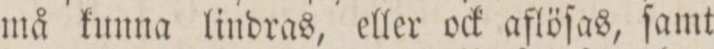
må kunna lindras, eller ock aflöſas, ſamt